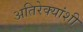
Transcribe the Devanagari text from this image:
अतिरेक्यांशी